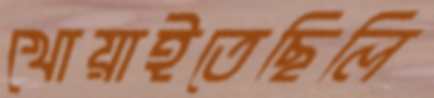
খোয়াইতেছিলি